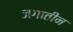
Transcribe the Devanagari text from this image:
जगातीन